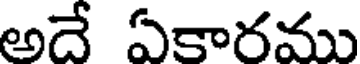
అదే ఏకారము